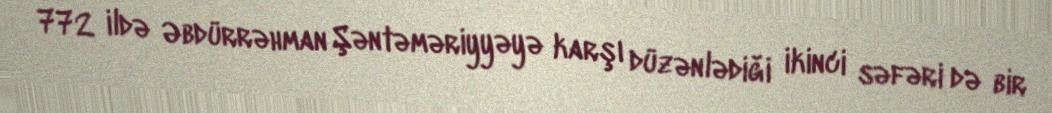
772 ildə Əbdürrəhman Şəntəməriyyəyə karşı düzənlədiği ikinci səfəri də bir